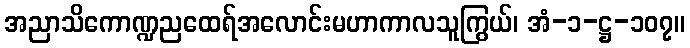
အညာသိကောဏ္ဍညထေရ်အလောင်းမဟာကာလသူကြွယ်၊ အံ-၁-ဋ္ဌ-၁၀၇။